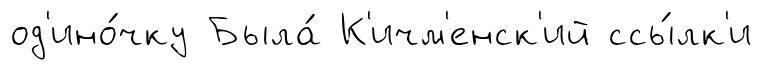
од'ино́чку Была́ К'ичм'енск'ий ссы́лк'и